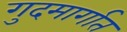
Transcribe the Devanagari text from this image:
गुदमार्गात